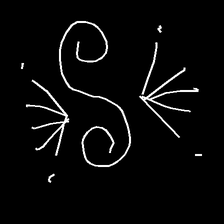
Glyph: aeroform